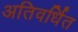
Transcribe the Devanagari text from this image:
अतिवर्धित